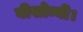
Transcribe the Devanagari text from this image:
वीसोन्यी।